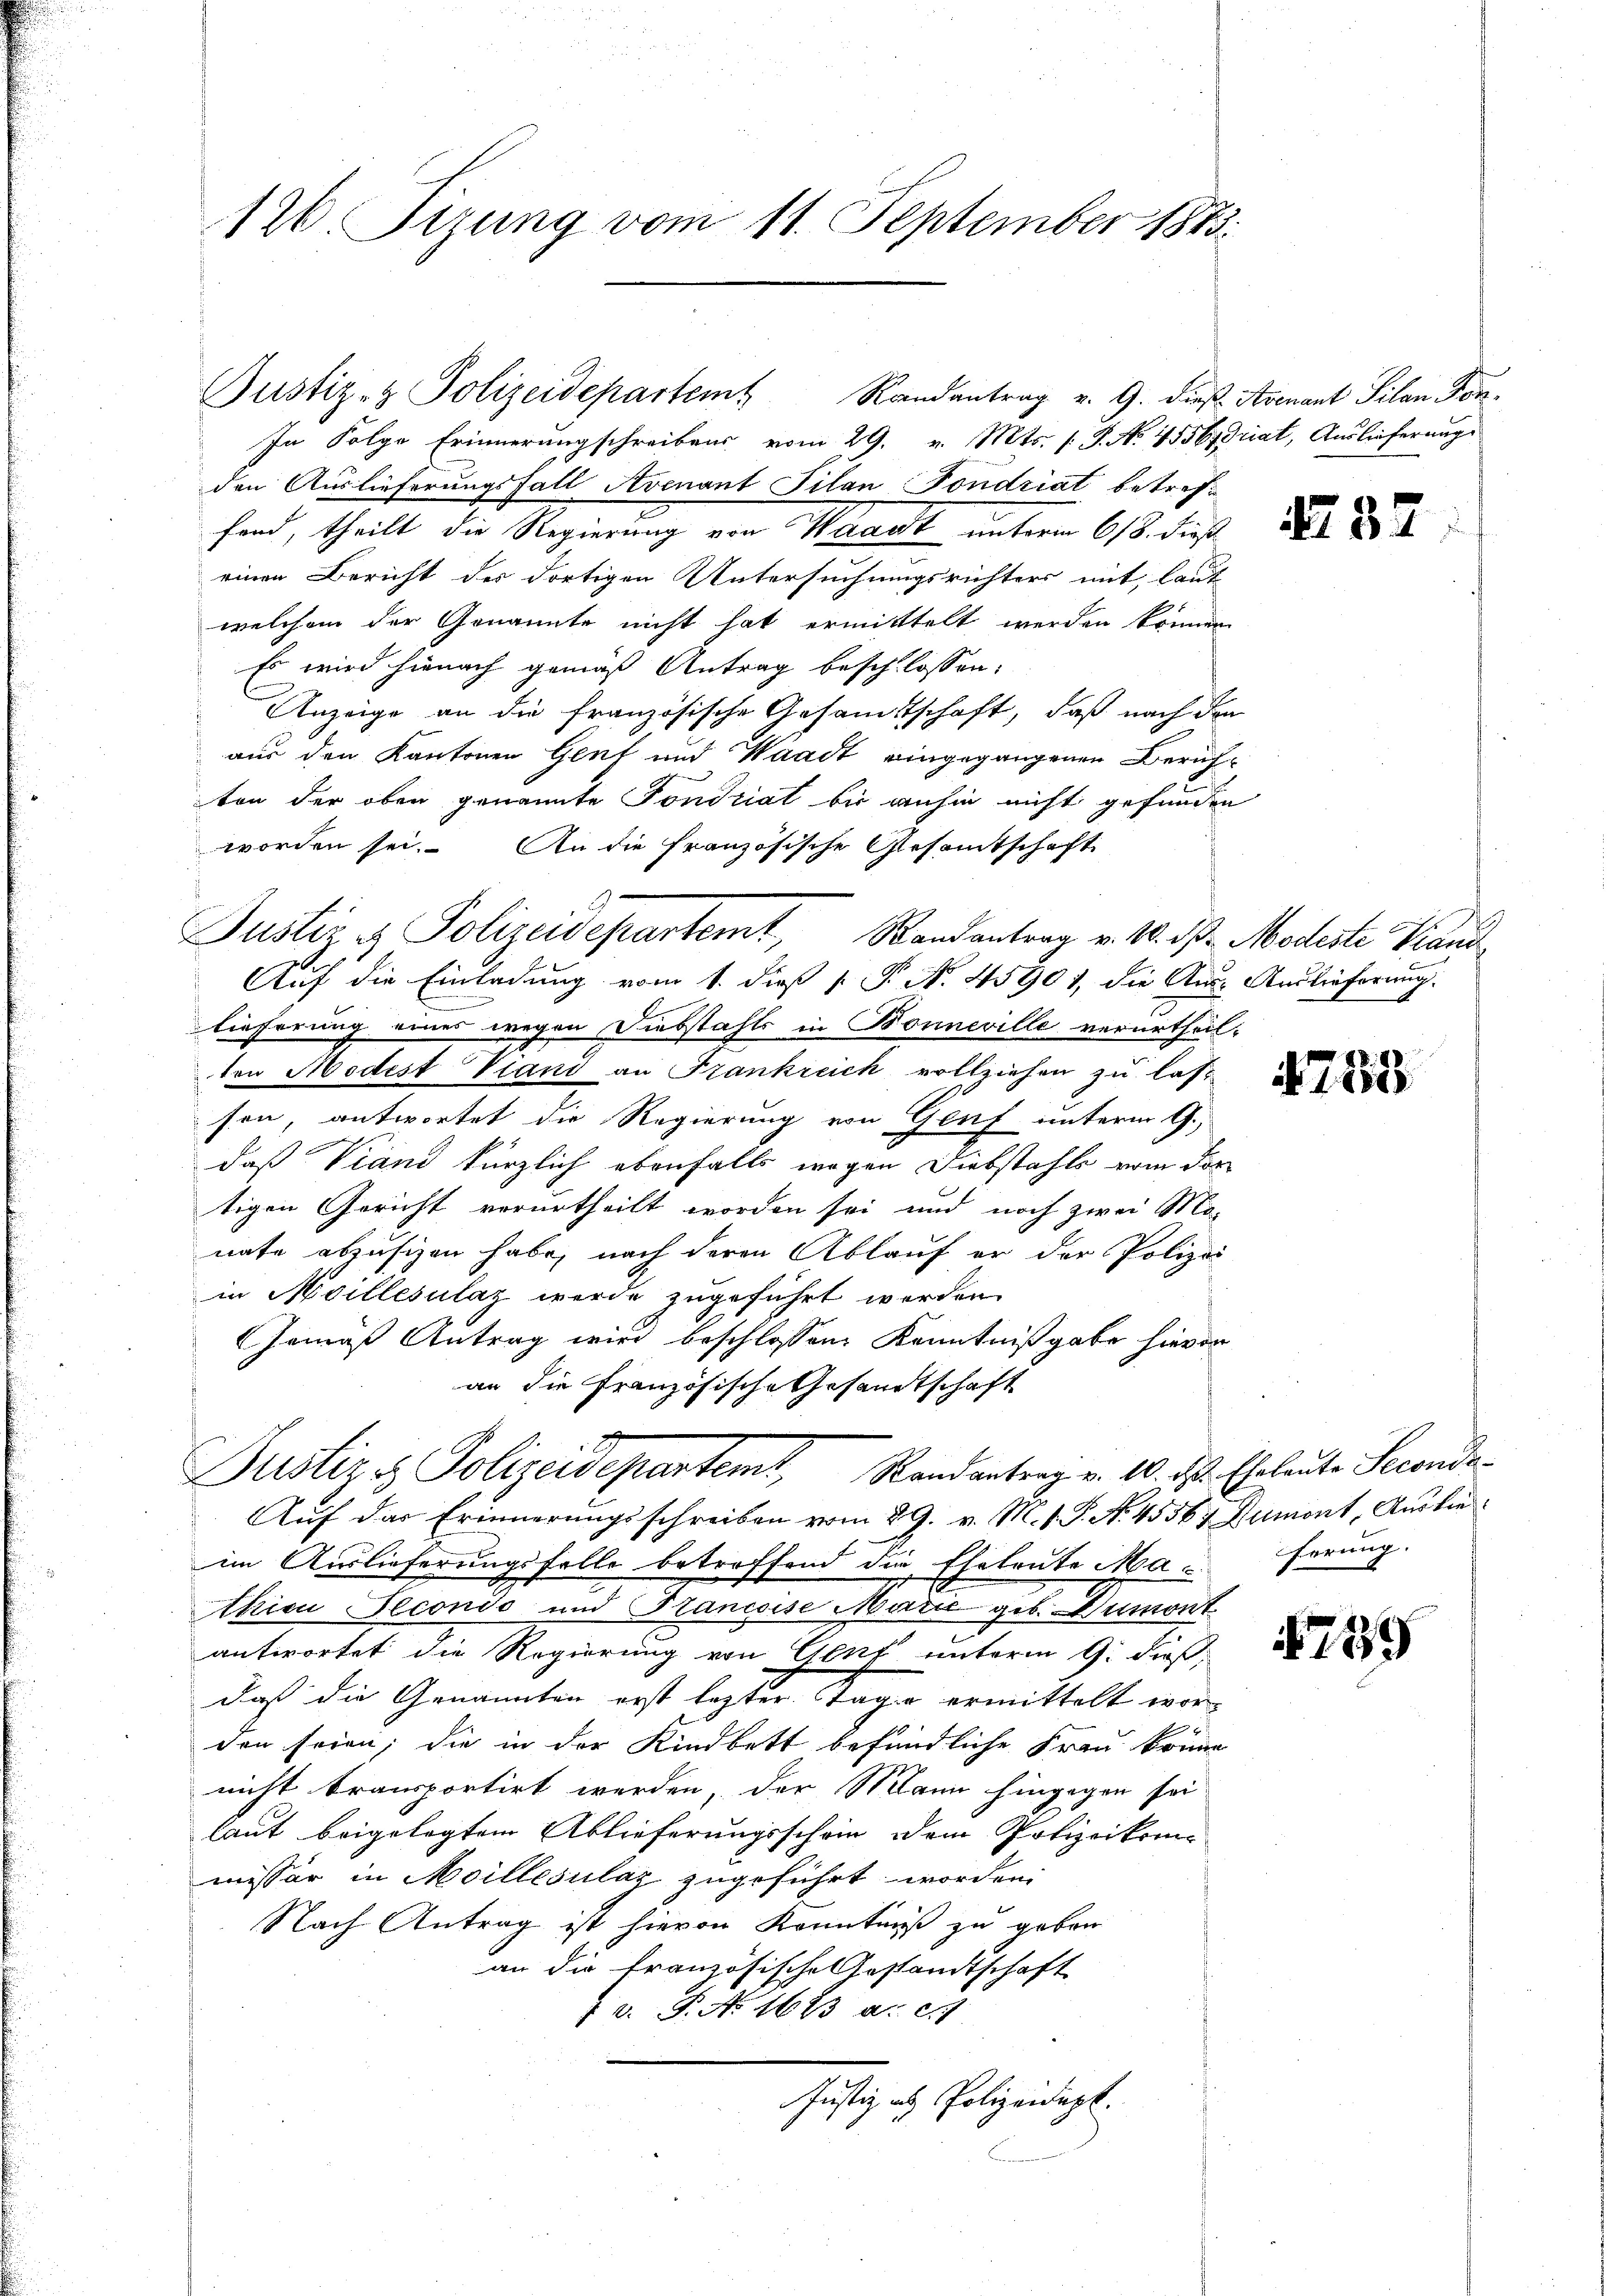
126. Fizung vom 11. September 1873.

Justiz- & Polizeidepartem Randantrag v. 9. dieß Avenant Silan For¬

In Folge Erinnerungschreibens vom 29. v. Mts. s. S. No. 4556driat, Auslieferung
den Auslieferungsfall Avenant Filan Fondriat betreffand, theilt die Regierung von Waadt unterm 618. dieß
einen Bericht der dortigen Untersuchungsrichters mit, laut
welchem der Genannte nicht hat ermitttelt werden können
Es wird hienach gemäß Antrag beschlossen,
Anzeige an die französische Gesamtschaft, daß nach den
aus den Kantonen Genf und Waadt eingegangenen Beruf-
ten der oben genannte Tondriat bis anhin nicht gefunden
worden sei. An die französische Gesamtschaft
Justiz & Polizeidepartemt, Randantrag v. 10. d. Modeste Grand¬
Auf die Einladung vom 1. dieß [ P. N. 45901, die Aus- Auslieferung.
n
lieferung eines wegen Diebstahls in Bonneville verurtheil-
ten Modest Vtand an Frankreich vollziehen zu lassen, antwortet die Regierung von Genf unterm G.,
daß Viand kürzlich ebenfalls wegen Diebstahls von der
tigen Gericht vorurtheilt worden sei und noch zwei Mo-
nate abzusizen habe, nach deren Ablauf er der Polizei-
in Meillesalaz werde zugeführt werden.
GGemäß Antrag wird beschlossen, Kenntnißgabe hievon
an die Französische Gesandtschaft

Auf das Erinnerungsschreiben vom 29. v. M. V. P. N. 45567 Dumont, Auslie
im Auslieferungsfalle betroffend die Eheleute Materung.
Akicu Pecondo und Francoise Marić geb. Dumont.
antwortet die Regierung von Gent unterm 9. dieß,
daß die Genannten erst legter Tage ermittelt worden seien; die in der Kindbett befindliche Frau könne
nicht transportirt werden, der Mann hingegen sei
laut beigelegtem Ablieferungsschein dem Polizeikom
missär in Meillesilaz zugeführt worden
Nach Antrag ist hievon Kenntniß zu geben
an die Französische Gesandtschaft
 D. P. Nr. 1623 a. c.
Justiz als Polizeidigt.

Justiz & Polizeidepartemt, Randantrag v. 10. ds. Eheleute Seconda-

37

759

739